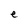
Character: e